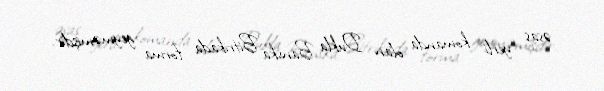
əsas yerli komanda olan Dukla Banska Bitrikada forma geyməmişdir.